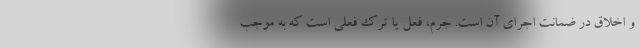
و اخلاق در ضمانت اجرای آن است. جرم، فعل یا ترک فعلی است که به موجب